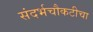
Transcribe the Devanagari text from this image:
संदर्भचौकटीचा